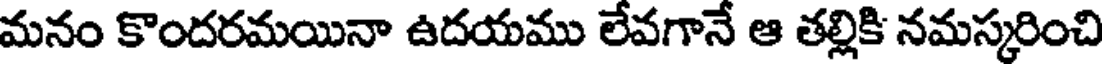
మనం కొందరమయినా ఉదయము లేవగానే ఆ తల్లికి నమస్కరించి